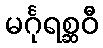
မင်္ဂုရစ္ဆဝီ